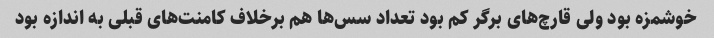
خوشمزه بود ولی قارچ‌های برگر کم بود تعداد سس‌ها هم برخلاف کامنت‌های قبلی به اندازه بود